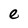
Character: e